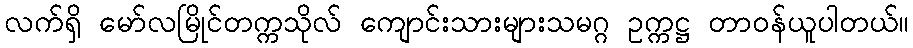
လက်ရှိ မော်လမြိုင်တက္ကသိုလ် ကျောင်းသားများသမဂ္ဂ ဥက္ကဋ္ဌ တာဝန်ယူပါတယ်။